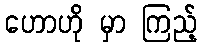
ဟောဟို မှာ ကြည့်